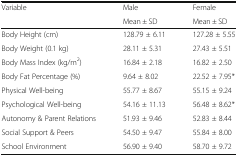
<table><thead><tr><td rowspan="2"><b>Variable</b></td><td><b>Male</b></td><td><b>Female</b></td></tr><tr><td><b>Mean ± SD</b></td><td><b>Mean ± SD</b></td></tr></thead><tbody><tr><td>Body Height (cm)</td><td>128.79 ± 6.11</td><td>127.28 ± 5.55</td></tr><tr><td>Body Weight (0.1 kg)</td><td>28.11 ± 5.31</td><td>27.43 ± 5.51</td></tr><tr><td>Body Mass Index (kg/m<sup>2</sup>)</td><td>16.84 ± 2.18</td><td>16.82 ± 2.50</td></tr><tr><td>Body Fat Percentage (%)</td><td>9.64 ± 8.02</td><td>22.52 ± 7.95*</td></tr><tr><td>Physical Well-being</td><td>55.77 ± 8.67</td><td>55.15 ± 9.24</td></tr><tr><td>Psychological Well-being</td><td>54.16 ± 11.13</td><td>56.48 ± 8.62*</td></tr><tr><td>Autonomy &amp; Parent Relations</td><td>51.93 ± 9.46</td><td>52.83 ± 8.44</td></tr><tr><td>Social Support &amp; Peers</td><td>54.50 ± 9.47</td><td>55.84 ± 8.00</td></tr><tr><td>School Environment</td><td>56.90 ± 9.40</td><td>58.70 ± 9.72</td></tr></tbody></table>